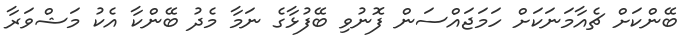
ބޭންކަށް ޗެއާމަނަކަށް ހަމަޖައްސަން ފޮނުވި ބޭފުޅާގެ ނަމާ މެދު ބޭންކާ އެކު މަޝްވަރާ